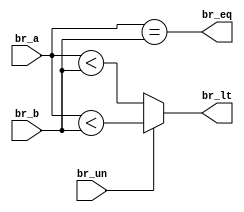

module branch_comp (
  input br_un,       // 1: Unsigned LT, 0: Signed LT
  input [31:0] br_a,
  input [31:0] br_b,
  output br_eq,
  output br_lt
);

  assign br_eq = (br_a == br_b);
  assign br_lt = (br_un) ? br_a < br_b : $signed(br_a) < $signed(br_b);

endmodule